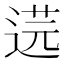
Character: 𮷣